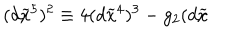
( d \widetilde { x } ^ { 5 } ) ^ { 2 } \equiv 4 ( d \widetilde { x } ^ { 4 } ) ^ { 3 } - g _ { 2 } ( d \widetilde { x }